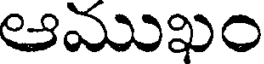
ఆముఖం